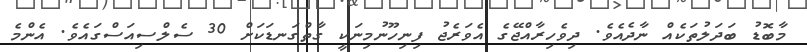
މާބޮޑު ބަދަލުތަކެއް ނާދެއެވެ. ދިވެހިރާއްޖޭގެ އެވަރެޖު ފިނިހޫނުމިނަކީ ގާތްގަނޑަކަށް 30 ސެލްސިއަސްގައެވެ. އެންމެ